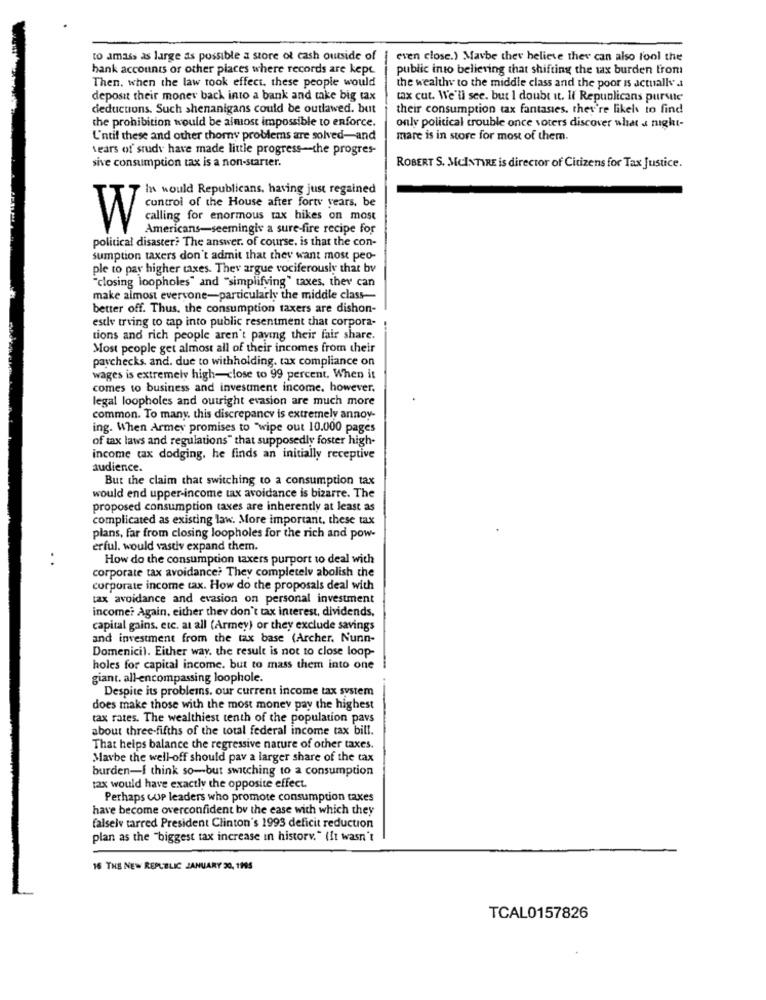
to amass as large as possible a store of cash outside of
even close.) Maybe they believe they can also fool the
bank accounts or other places where records are kept.
public into believing that shifting the tax burden from
Then, when the law took effect. these people would
the wealthy to the middle class and the poor is actually a
deposit their money back into a bank and take big tax
tax cut. We'll see. but I doubt it. If Republicans pursue
deductions. Such shenanigans could be outlawed. but
their consumption tax fantasies. they're likely to find
the prohibition would be almost impossible to enforce.
only political trouble once voters discover what a night-
U'ntil these and other thomy problems are solved-and
mare is in store for most of them.
tears of study have made little progress-the progres-
sive consumption tax is a non-starter.
ROBERT S. MCINTYRE is director of Citizens for Tax Justice.
In would Republicans, having just regained
control of the House after forty years. be
calling for enormous tax hikes on most
W
Americans-seemingiv a sure-fire recipe for
political disaster? The answer. of course, is that the con-
sumption taxers don't admit that they want most peo-
ple to pay higher taxes. They argue vociferously that by
"closing loopholes" and "simplifying" taxes, they can
make almost everyone-particularly the middle class-
better off. Thus, the consumption taxers are dishon-
estly trying to tap into public resentment that corpora-
tions and rich people aren't paving their fair share.
Most people get almost all of their incomes from their
paychecks. and. due to withholding. tax compliance on
wages is extremely high-close to 99 percent. When it
comes to business and investment income. however.
legal loopholes and outright evasion are much more
common. To many. this discrepancy is extremely annoy-
ing. When Armey promises to "wipe out 10.000 pages
of tax laws and regulations" that supposedly foster high-
income tax dodging, he finds an initially receptive
audience.
But the claim that switching to a consumption tax
would end upper-income tax avoidance is bizarre. The
proposed consumption taxes are inherently at least as
complicated as existing law. More important, these tax
plans, far from closing loopholes for the rich and pow-
erful. would vastly expand them.
. .
How do the consumption taxers purport to deal with
corporate tax avoidance? They completely abolish the
corporate income tax. How do the proposals deal with
tax avoidance and evasion on personal investment
income? Again, either thev don't tax interest, dividends,
capital gains, etc. at all (Armey) or they exclude savings
and investment from the tax base (Archer. Nunn-
Domenici). Either way. the result is not to close loop-
holes for capital income. but to mass them into one
giant. all-encompassing loophole.
Despite its problems. our current income tax system
does make those with the most money pay the highest
tax rates. The wealthiest tenth of the population pavs
about three-fifths of the total federal income tax bill.
That helps balance the regressive nature of other taxes.
Maybe the well-off should pay a larger share of the tax
burden-I think so-but switching to a consumption
tax would have exactly the opposite effect.
Perhaps cup leaders who promote consumption taxes
have become overconfident by the case with which they
falselv tarred President Clinton's 1993 deficit reduction
plan as the "biggest tax increase in history." (It wasn't
16 THE NEW REPUBLIC JANUARY 20, 1995
TCAL0157826